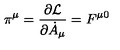
\pi ^ { \mu } = \frac { \partial { \cal L } } { \partial { \dot { A } } _ { \mu } } = F ^ { \mu 0 }